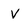
Character: V